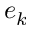
e _ { k }